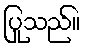
ပြုသည်။